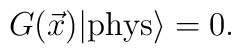
G(\vec{x})  |{\rm{phys}}\rangle = 0 .